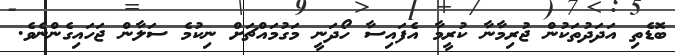
ބޮޑެތި އަދަދުތަކުން ޖުރިމާނާ ކުރީމާ އެފައިސާ ހޯދަނީ މަގުމައްޗަށް ނިކުމެ ސަލާން ޖަހައިގެންނެވެ.